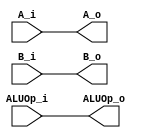
`timescale 1ns / 1ps
module alu_p(A_i, B_i, ALUOp_i, A_o, B_o, ALUOp_o);
input [31: 0] A_i;
input [31: 0] B_i;
input [4: 0] ALUOp_i;
output reg [31: 0] A_o;
output reg [31: 0] B_o;
output reg [4: 0] ALUOp_o;

// alu
always@( * ) begin
    A_o <= A_i;
    B_o <= B_i;
    ALUOp_o <= ALUOp_i;
end

endmodule